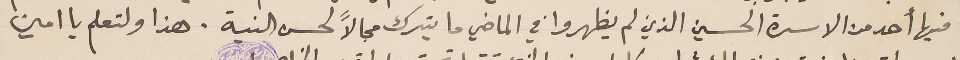
فيها أحد من الاسرة الحسين الذين لم يظهروا في الماضي ما يترك مجالاً لحسن النية. هذا ولتعلم يا امين